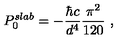
P _ { 0 } ^ { s l a b } = - \frac { \hbar c } { d ^ { 4 } } \frac { \pi ^ { 2 } } { 1 2 0 } \ ,